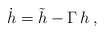
\begin{align*}{\dot h} = {\tilde h} - \Gamma \, h\,,\end{align*}